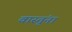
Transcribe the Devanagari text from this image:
वास्तूंना